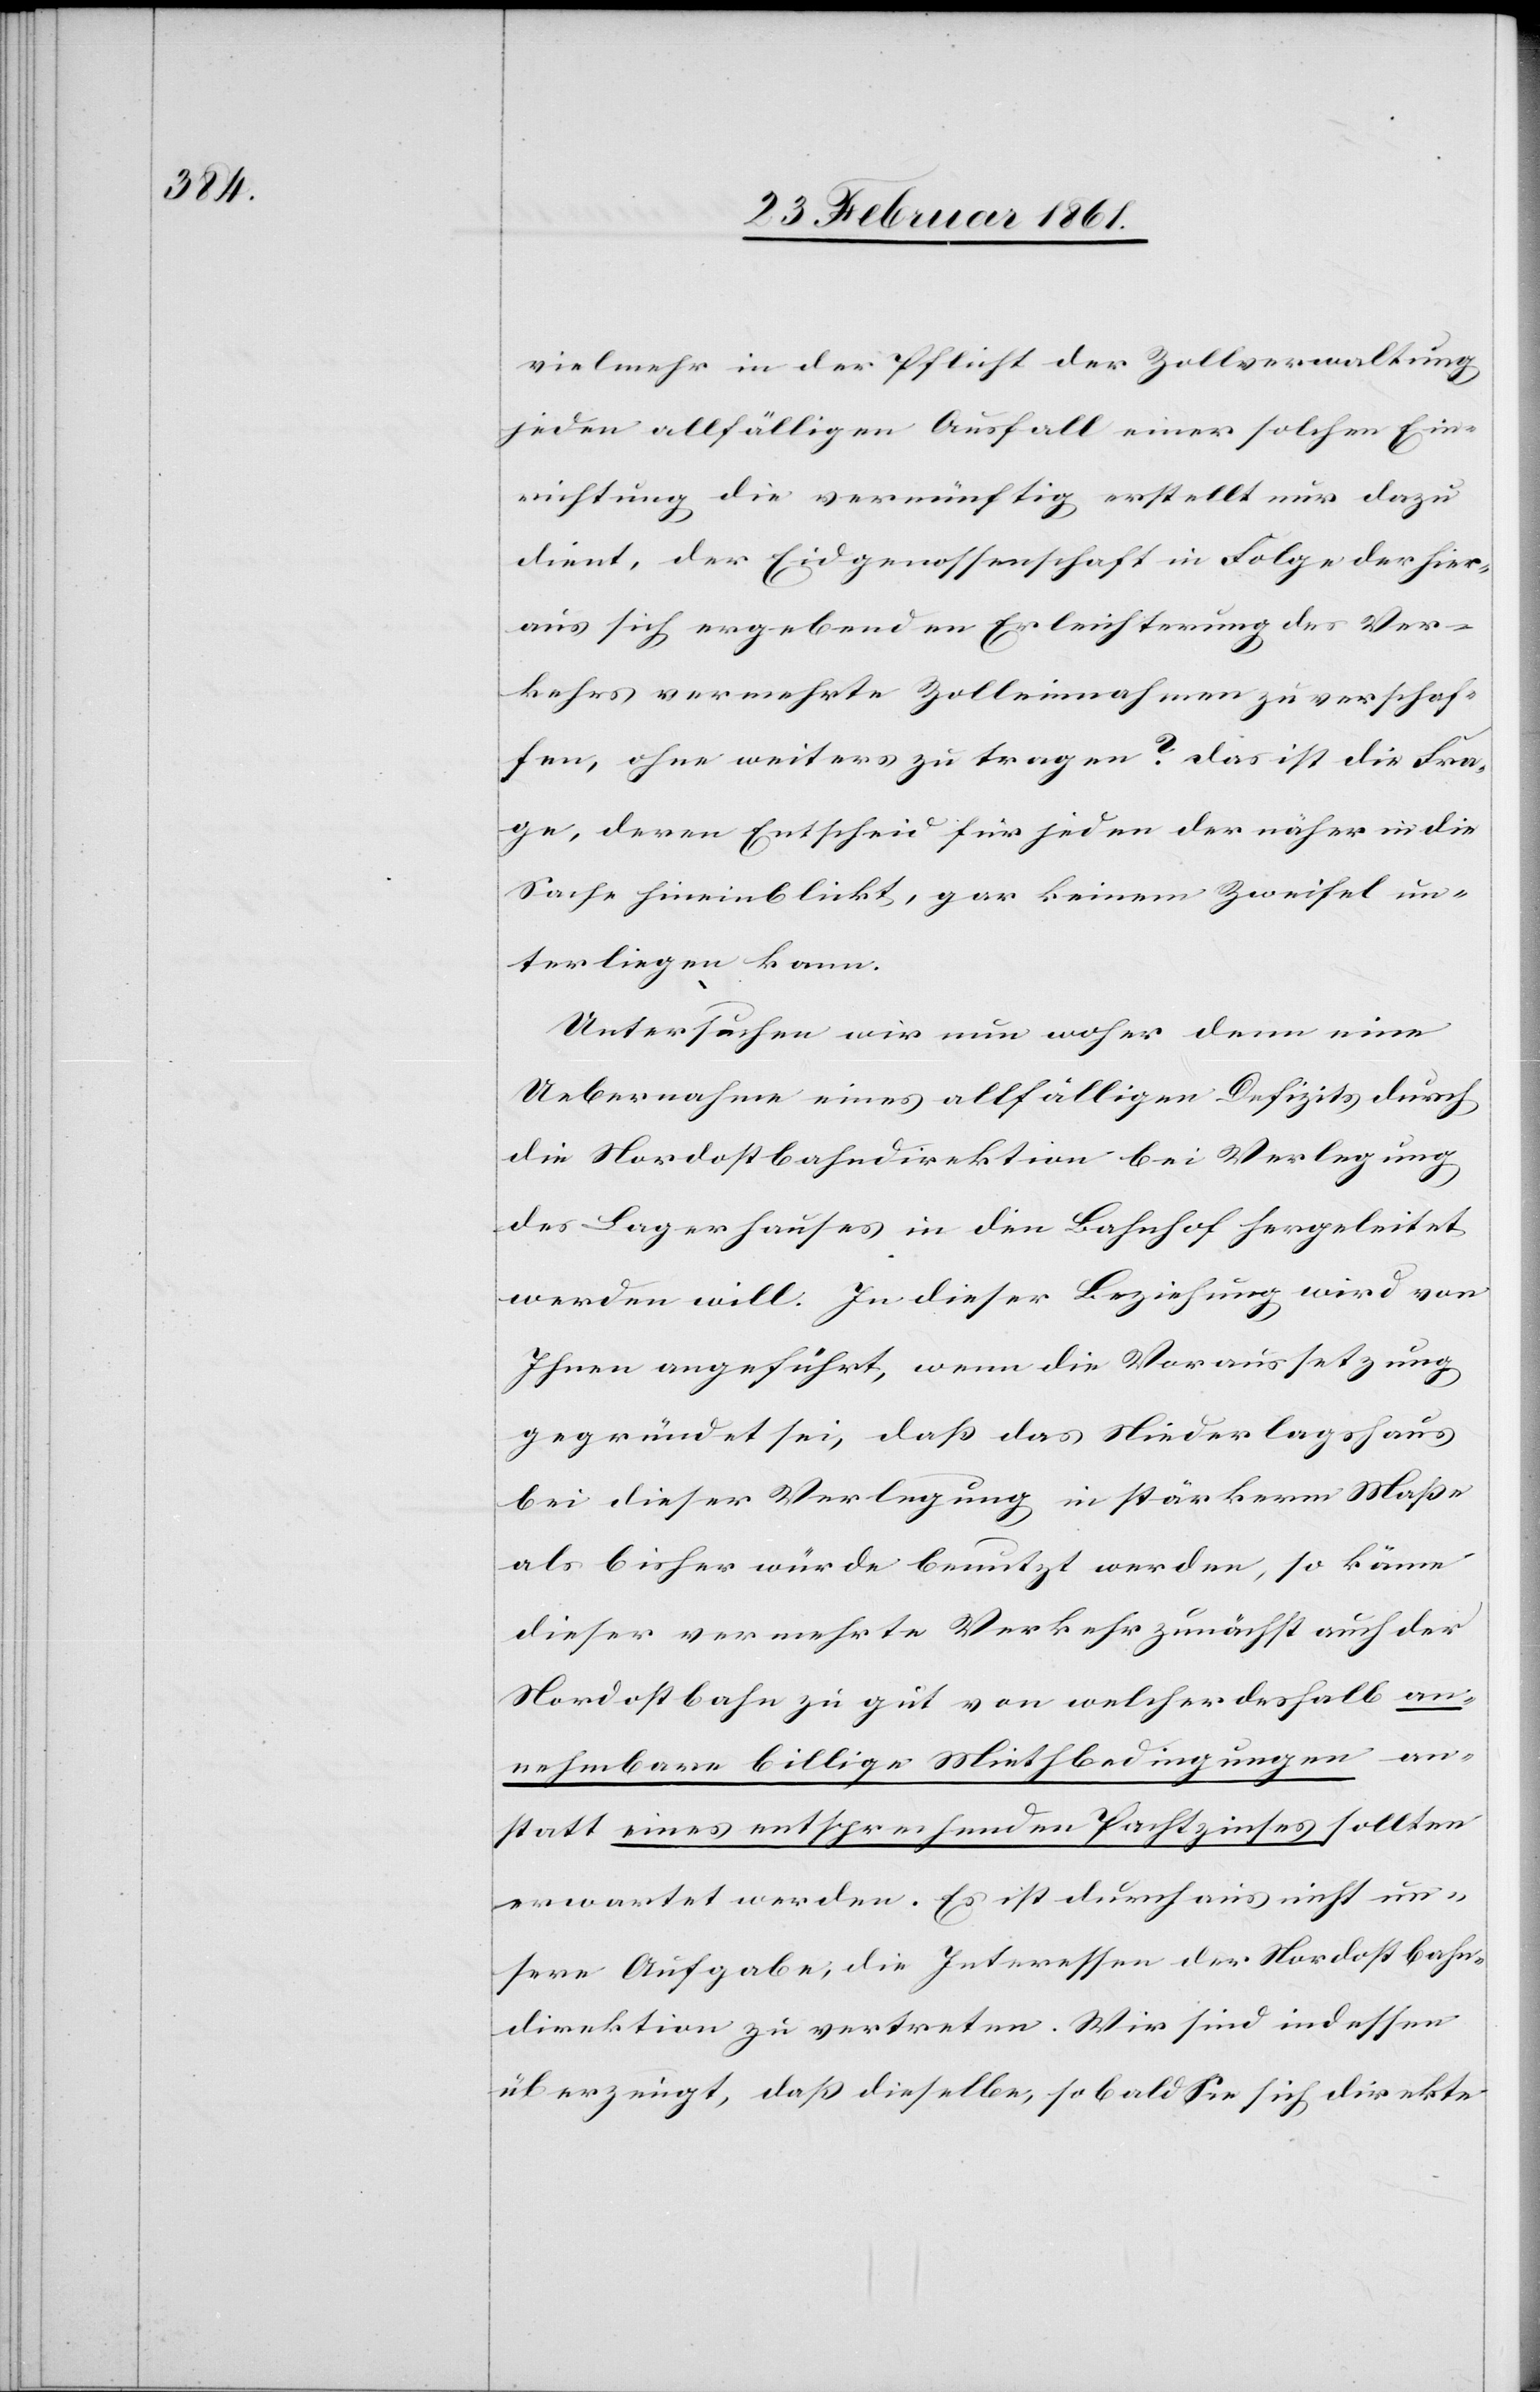
vielmehr in der Pflicht der Zollverwaltung
jeden allfälligen Ausfall einer solchen Ein¬
richtung die vernünftig erstellt nur dazu
dient, der Eidgenossenschaft in Folge der hier¬
aus sich ergebenden Erleichterung des Ver¬
kehrs vermehrte Zolleinnahmen zu verschaf¬
fen, ohne weiters zu tragen? Das ist die Fra¬
ge, deren Entscheid für jeden der näher in die
Sache hineinblickt, gar keinem Zweifel un¬
terliegen kann.
Untersuchen wir nun woher denn eine
Uebernahme eines allfälligen Defizits durch
die Nordostbahndirektion bei Verlegung
des Lagerhauses in den Bahnhof hergeleitet
werden will. In dieser Beziehung wird von
Ihnen angeführt, wenn die Voraussetzung
gegründet sei, dass das Niederlagshaus
bei dieser Verlegung in stärkerm Masse
als bisher würde benutzt werden, so käme
dieser vermehrte Verkehr zunächst auch der
Nordostbahn zu gut von welcher deshalb an¬
nehmbare billige Miethbedingungen an¬
statt eines entsprechenden Pachtzinses sollten
erwartet werden. Es ist durchaus nicht un¬
sere Aufgabe, die Interessen der Nordostbahn¬
direktion zu vertreten. Wir sind indessen
überzeugt, dass dieselbe, so bald Sie sich direkte